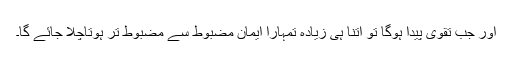
اور جب تقویٰ پیدا ہوگا تو اتنا ہی زیادہ تمہارا ایمان مضبوط سے مضبوط تر ہوتاچلا جائے گا۔